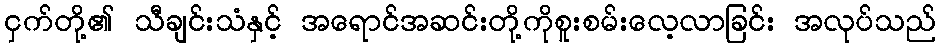
ငှက်တို့၏ သီချင်းသံနှင့် အရောင်အဆင်းတို့ကိုစူးစမ်းလေ့လာခြင်း အလုပ်သည်